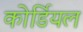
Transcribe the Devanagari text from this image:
कोर्डियल